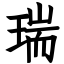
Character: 瑞